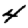
Digit: 4